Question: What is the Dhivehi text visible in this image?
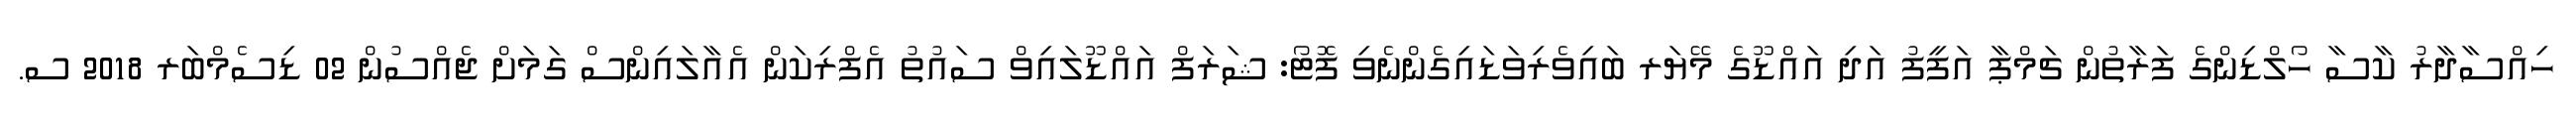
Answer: ހިއްސާދާރު ކާސާ ހޯލްޑިންގެ ފަރާތުން ޗަމްޕާ އަފީފު އަދި އައްޑޫގެ މޭޔަރ ބައިވެރިވަޑައިގެންނެވި ފޮޓޯ: ޝަރަފް އައްޑޫލައިވް ސައުތު އެފްރިކަން އެއާލައިންސް ގަމަށް ޖެއްސުން 02 ޑިސެމްބަރ 2018 ސ.